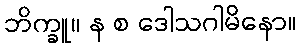
ဘိက္ခူ။ န စ ဒေါသဂါမိနော။